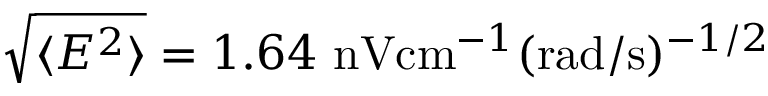
\sqrt { \langle E ^ { 2 } \rangle } = 1 . 6 4 \ \mathrm { n V } \mathrm { c m } ^ { - 1 } ( \mathrm { r a d } / \mathrm { s } ) ^ { - 1 / 2 }